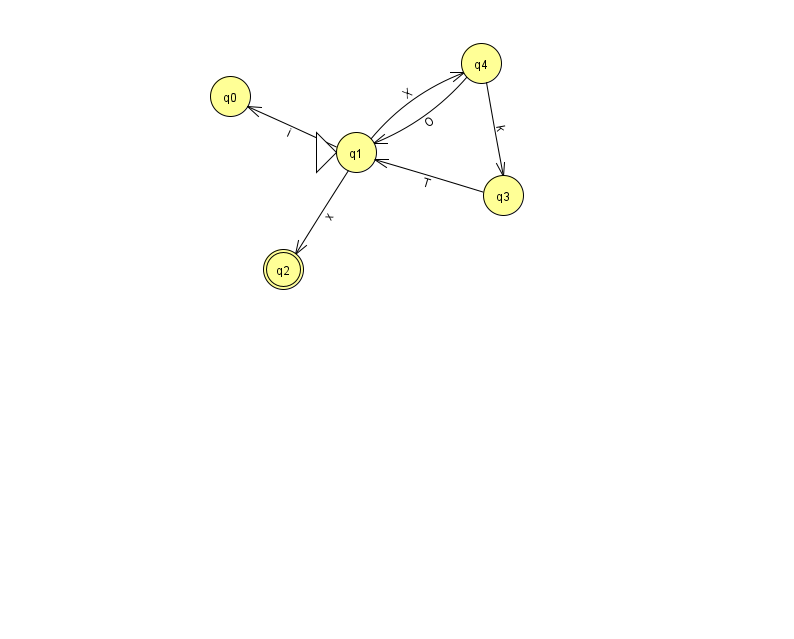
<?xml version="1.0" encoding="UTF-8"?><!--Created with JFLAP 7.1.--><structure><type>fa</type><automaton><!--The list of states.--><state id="0" name="q0"><x>230.0</x><y>83.0</y></state><state id="1" name="q1"><x>356.0</x><y>139.0</y><initial/></state><state id="2" name="q2"><x>283.0</x><y>256.0</y><final/></state><state id="3" name="q3"><x>503.0</x><y>182.0</y></state><state id="4" name="q4"><x>481.0</x><y>50.0</y></state><!--The list of transitions.--><transition><from>3</from><to>1</to><read>T</read></transition><transition><from>1</from><to>2</to><read>x</read></transition><transition><from>1</from><to>4</to><read>X</read></transition><transition><from>4</from><to>1</to><read>O</read></transition><transition><from>4</from><to>3</to><read>k</read></transition><transition><from>1</from><to>0</to><read>i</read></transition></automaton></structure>